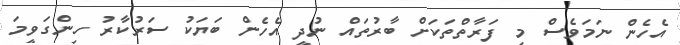
އެހެން ނަމަވެސް މި ފަރާތްތަކަށް ބާރުތައް ނުދީ އެހެން ބަޔަކު ސަރުކާރު ހިންގަވީމަ